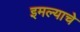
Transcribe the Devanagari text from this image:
इमल्याचे